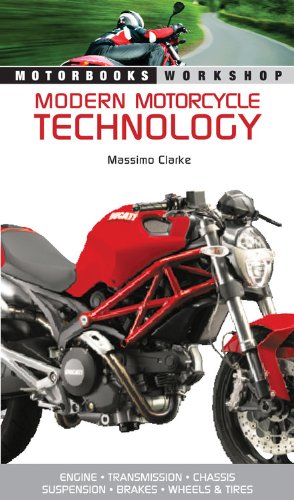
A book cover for Modern Motorcycle Technology: How Every Part of Your Motorcycle Works (Motorbooks Workshop); Massimo Clarke; Arts & Photography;